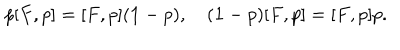
p [ F , p ] = [ F , p ] ( { \bf 1 } - p ) , \quad ( { \bf 1 } - p ) [ F , p ] = [ F , p ] p .